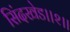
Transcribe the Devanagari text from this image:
सिंदखेड।।२।।